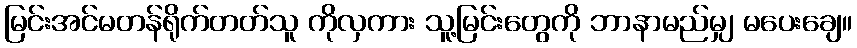
မြင်းအင်မတန်ရိုက်တတ်သူ ကိုလှကား သူ့မြင်းတွေကို ဘာနာမည်မျှ မပေးချေ။